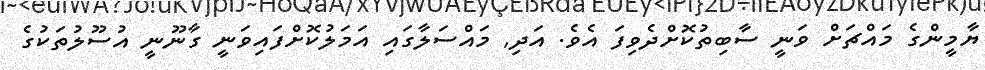
ޔާމީންގެ މައްޗަށް ވަނީ ސާބިތުކޮށްދެވިފަ އެވެ. އަދި